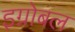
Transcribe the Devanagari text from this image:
इग्नोबल